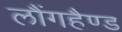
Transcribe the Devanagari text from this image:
लौंगहैण्ड